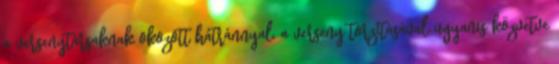
a versenytársaknak okozott hátránnyal, a verseny torzításával ugyanis közvetve